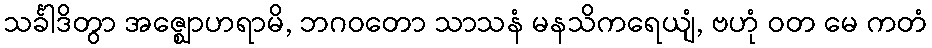
သင်္ခါဒိတွာ အဇ္ဈောဟရာမိ, ဘဂဝတော သာသနံ မနသိကရေယျံ, ဗဟုံ ဝတ မေ ကတံ